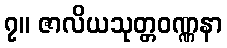
၇။ ဇာလိယသုတ္တဝဏ္ဏနာ